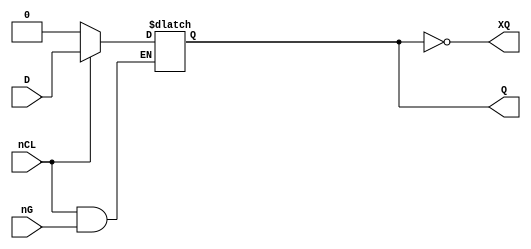
// This program was cloned from: https://github.com/jotego/jtcores
// License: GNU General Public License v3.0

// Fujitsu AV cell
// S-R Latch with CLEAR
// furrtek 2022

`timescale 1ns/100ps

module LTL(
	input D,
	input nG,
	input nCL,
	output reg Q,
	output XQ
);

always @(*) begin
	if (!nCL) begin
		Q <= 1'b0;
	end else begin
		if (!nG)
			Q <= D;	// tmax = 2.6ns
	end
end

assign XQ = ~Q;

endmodule